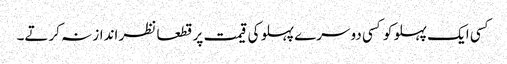
کسی ایک پہلو کو کسی دوسرے پہلو کی قیمت پر قطعا نظر انداز نہ کرتے۔